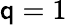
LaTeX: \mathsf{q}=1